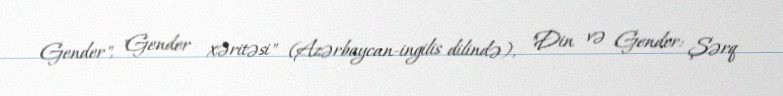
Gender", "Gender xəritəsi" (Azərbaycan-ingilis dilində), "Din və Gender: Şərq